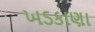
ખડકાણા